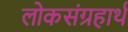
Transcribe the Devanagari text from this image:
लोकसंग्रहार्थ